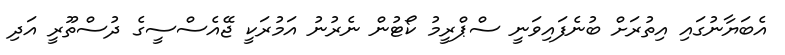
އެބަޔާނުގައި އިތުރަށް ބުނެފައިވަނީ ސްޕްރީމު ކޯޓުން ނެރުނު އަމުރަކީ ޖޭއެސްސީގެ ދުސްތޫރީ އަދި